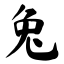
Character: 兔